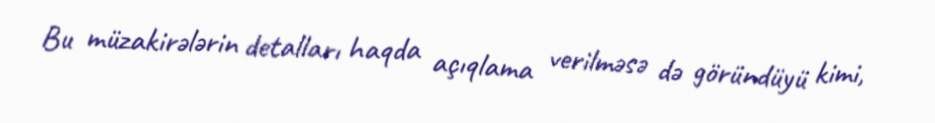
Bu müzakirələrin detalları haqda açıqlama verilməsə də göründüyü kimi,